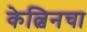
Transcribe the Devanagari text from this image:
केल्विनचा